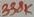
Text: 338K